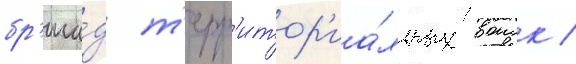
бр'ига́д т'ерр'итор'иа́льных воиск /